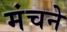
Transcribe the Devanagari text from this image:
मंचने